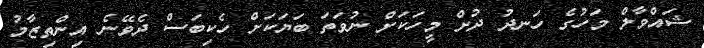
ޝައްވާލް މަހުގެ ހަނދު ދުށް މީހަކަށް ނުވަތަ ބަޔަކަށް ހެކިބަސް ދެވޭނެ އިންތިޒާމު